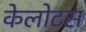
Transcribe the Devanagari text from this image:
केलोटस